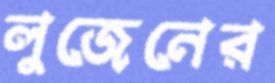
লুজেনের